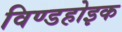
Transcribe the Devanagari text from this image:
विण्डहोइक